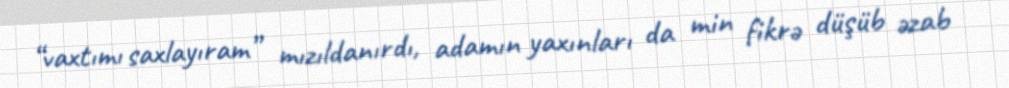
“vaxtımı saxlayıram” mızıldanırdı, adamın yaxınları da min fikrə düşüb əzab